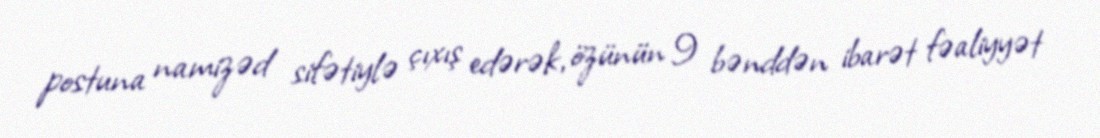
postuna namizəd sifətiylə çıxış edərək, özünün 9 bənddən ibarət fəaliyyət